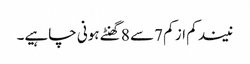
نیند کم از کم 7سے 8 گھنٹے ہونی چاہیے۔